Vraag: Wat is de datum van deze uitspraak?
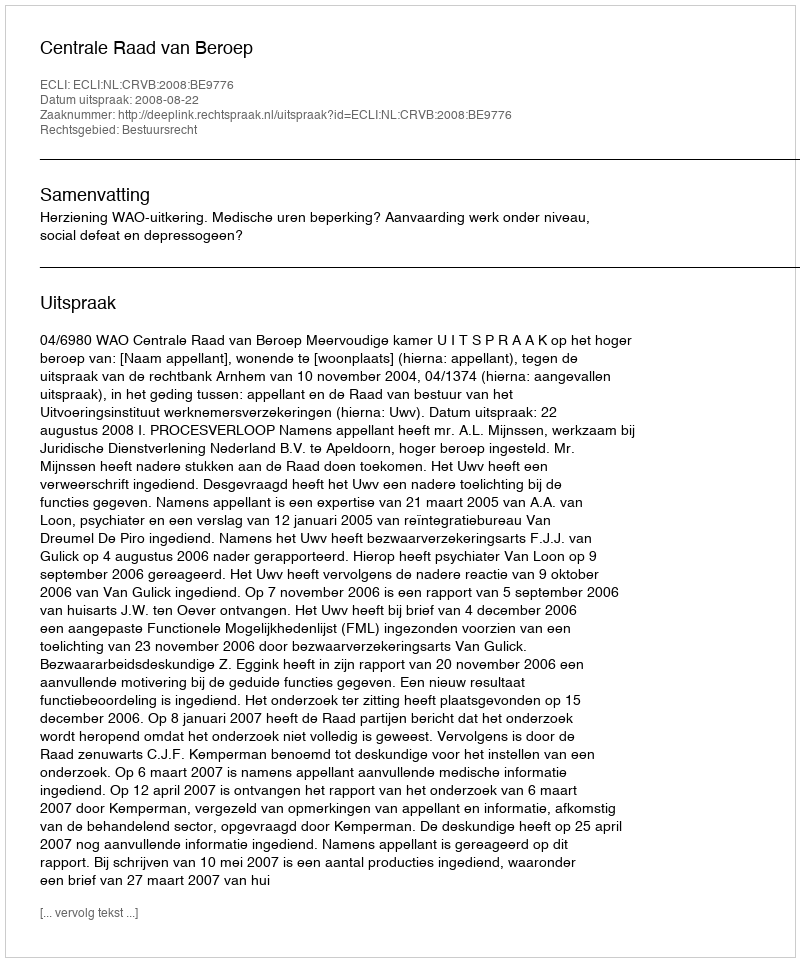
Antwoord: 2008-08-22